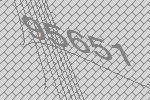
95651